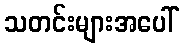
သတင်းများအပေါ်